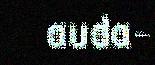
auda-